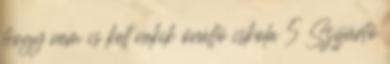
hogy nem is kell nekik önálló iskola 5 Szíjjártó